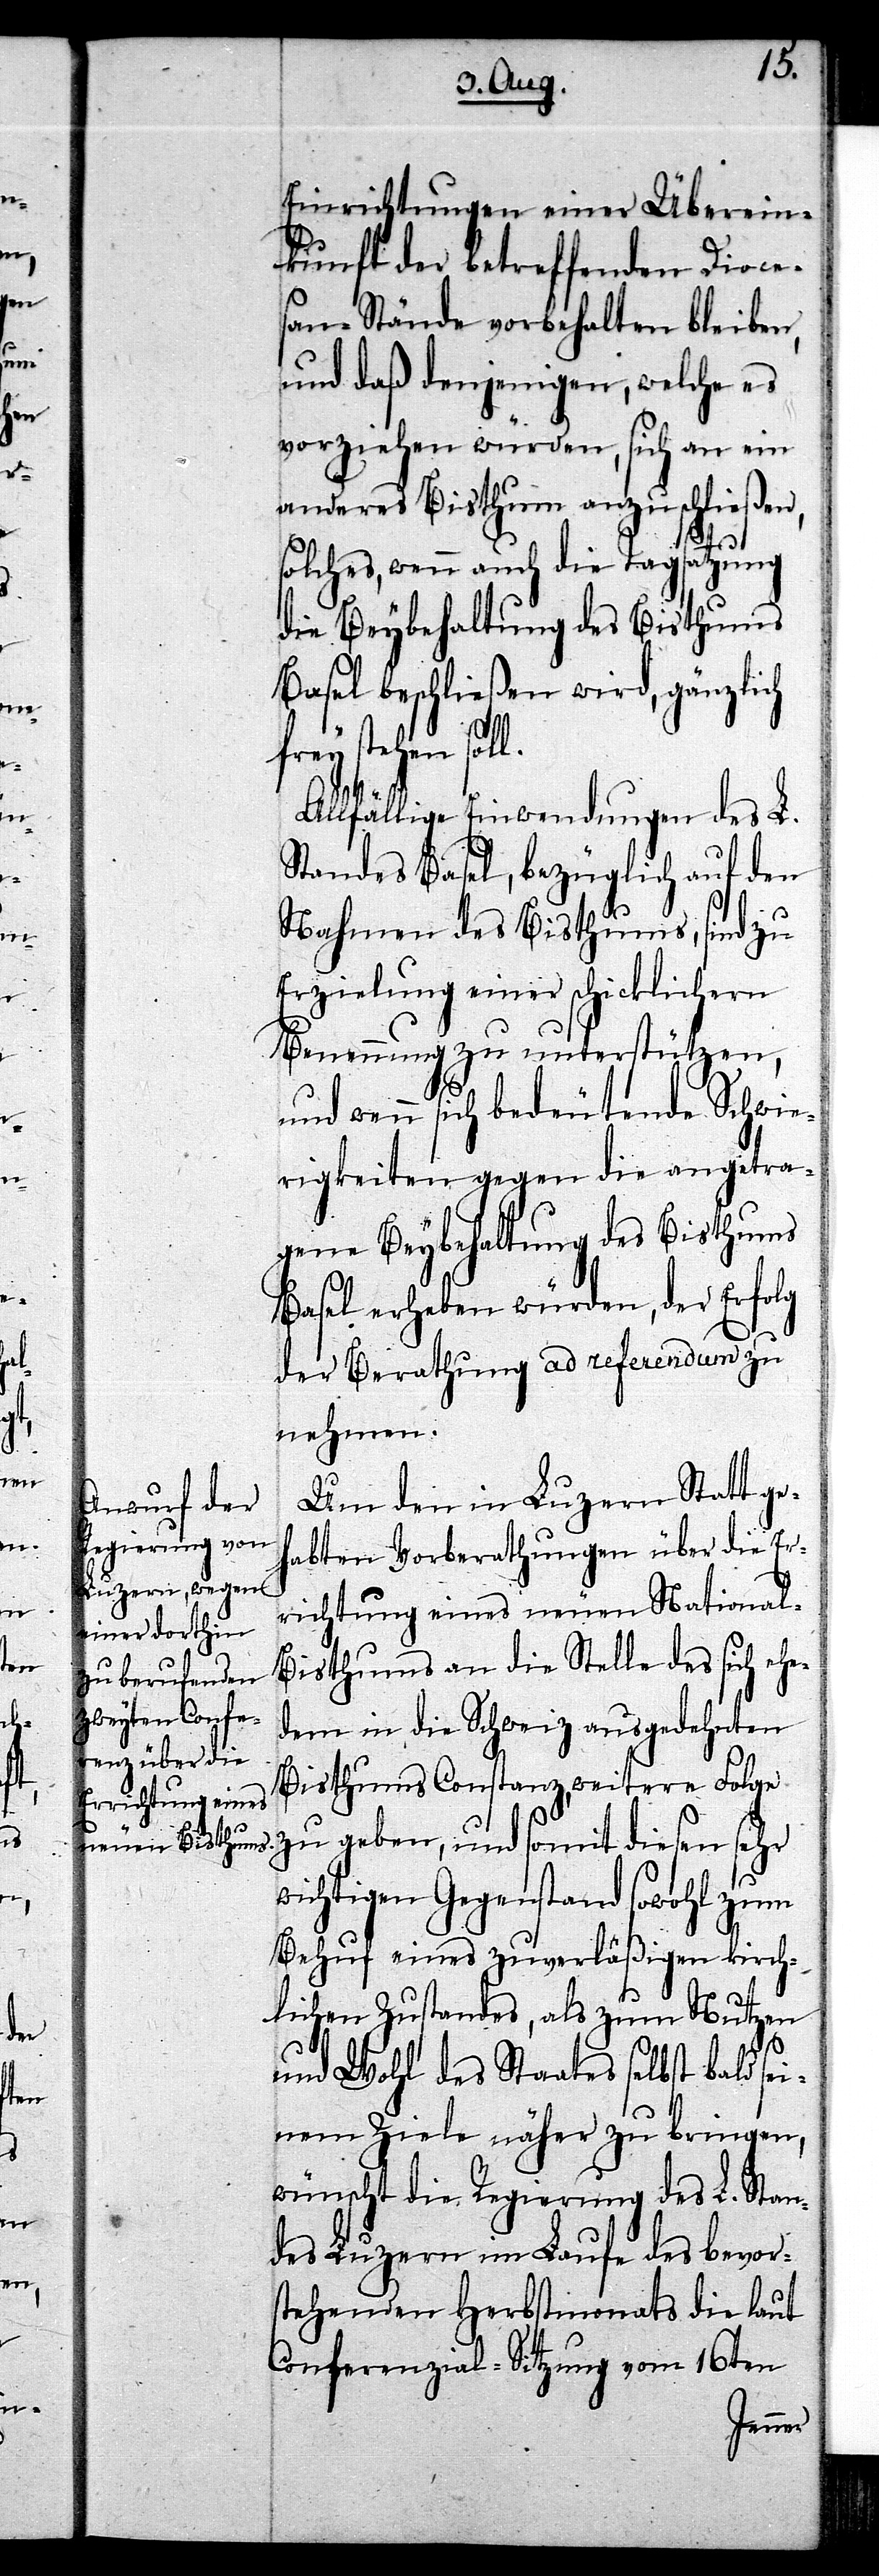
richtungen einer Überein¬
kunft der betreffenden Dioce¬
san-Stände vorbehalten bleiben,
und daß denjenigen, welche es
vorziehen würden, sich an ein
anderes Bisthum anzuschließen,
diesen
solches, wenn auch die Tagsatzung
die Beybehaltung des Bisthums
Basel beschließen wird, gänzlich
frey stehen soll.
Allfällige Einwendungen des L.
Standes Basel, bezüglich auf den
Nahmen des Bisthums, sind zu
Erzielung einer schicklichern
Benennung zu unterstützen,
und wenn sich bedeutende Schwie¬
rigkeiten gegen die angetra¬
gene Beybehaltung des Bisthums
Basel erheben würden, der Erfolg
der Berathung ad referendum zu
nehmen.
Um den in Luzern Statt ge¬
habten Vorberathungen über die Er¬
richtung eines neuen National-B¬
isthums an die Stelle des sich ehe¬
dem in die Schweiz ausgedehnten
Bisthums Constanz, weitere Folge
wichtigen Gegenstand sowohl zum
Behuf eines zuverläßigen kirch¬
lichen Zustandes, als zum Nutzen
und Wohl des Staates selbst bald sei¬
nem Ziele näher zu bringen,
wünscht die Regierung des L. Stan¬
des Luzern im Laufe des bevors¬
tehenden Herbstmonats die laut
Conferenzial-Sitzung vom 16ten
sehr